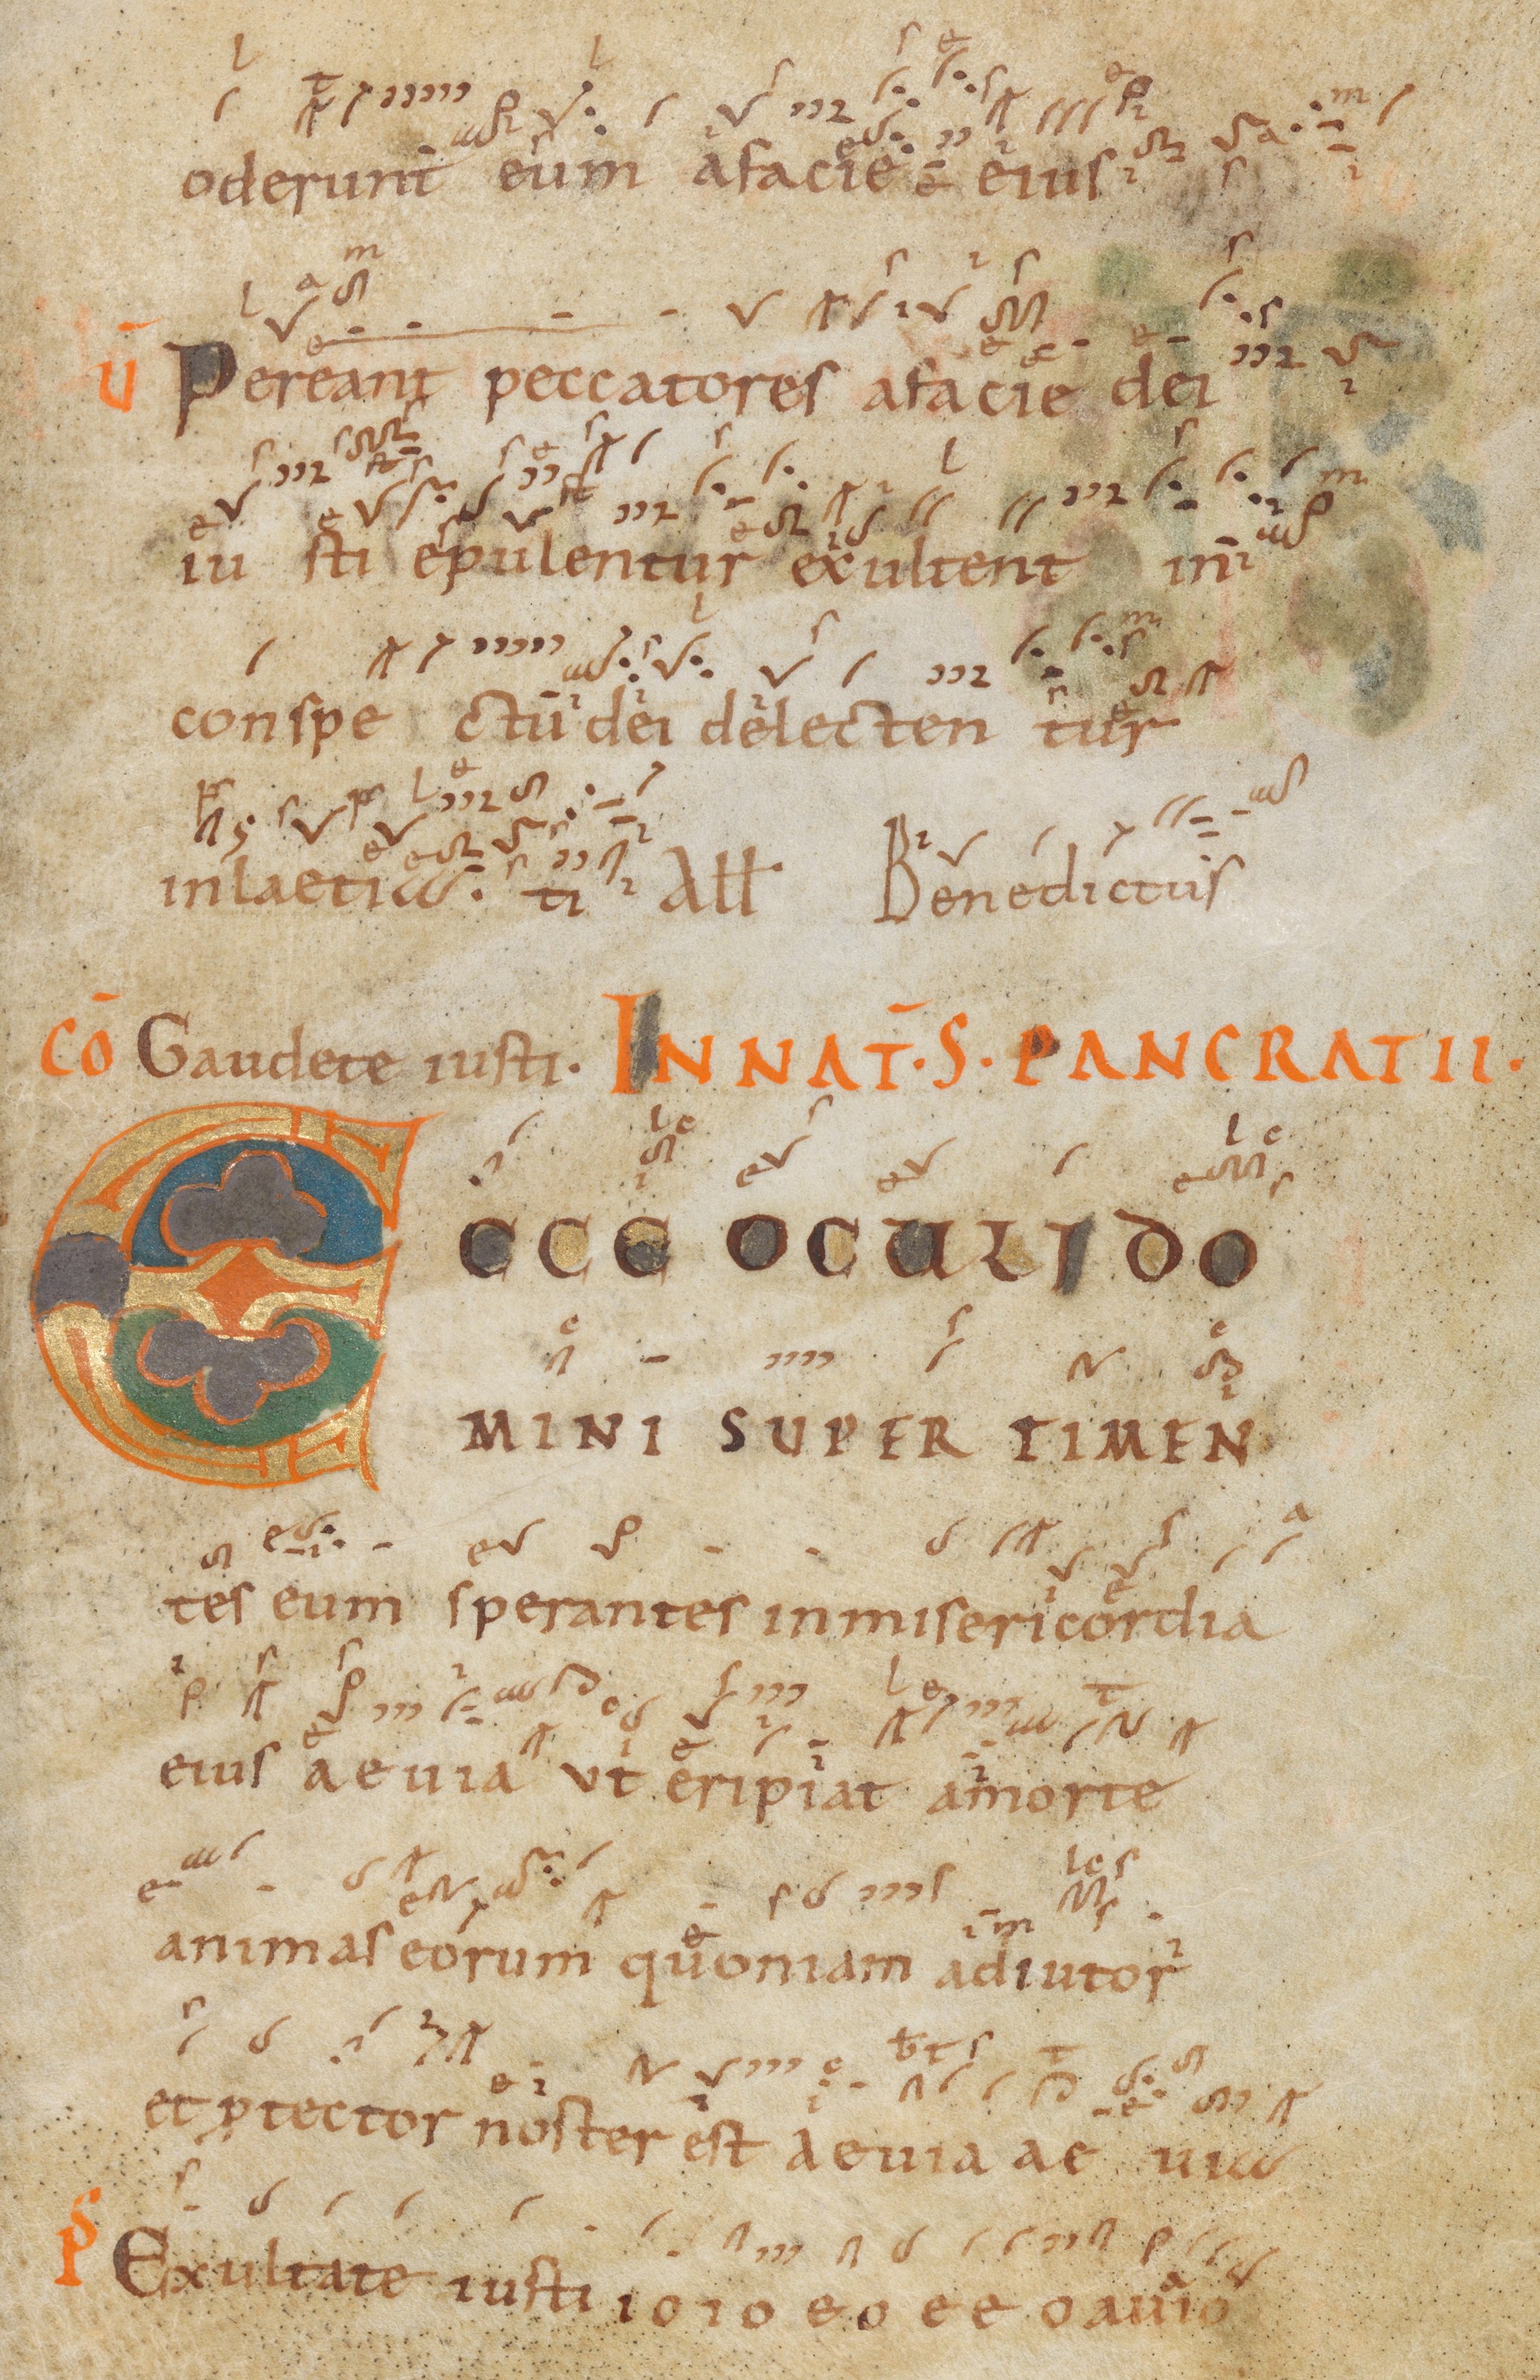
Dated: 945–985